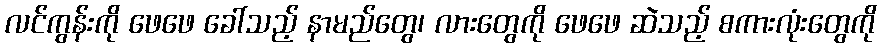
လင်ကွန်းကို ဖေဖေ ခေါ်သည့် နာမည်တွေ၊ လားတွေကို ဖေဖေ ဆဲသည့် စကားလုံးတွေကို